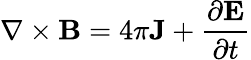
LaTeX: \nabla\times\mathbf{B}=4\pi\mathbf{J}+{\frac{\partial\mathbf{E}}{\partial t}}